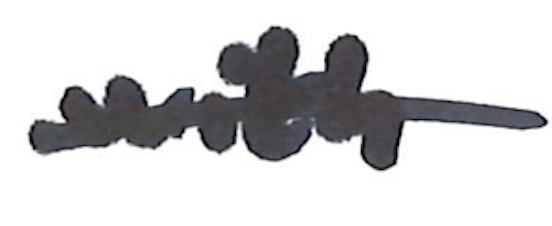
Text: with
Cross-out: single-line
Writing tool: marker